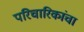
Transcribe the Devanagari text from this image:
परिचारिकांचा